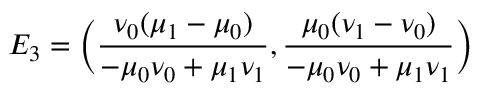
E _ { 3 } = \bigg ( \frac { \nu _ { 0 } ( \mu _ { 1 } - \mu _ { 0 } ) } { - \mu _ { 0 } \nu _ { 0 } + \mu _ { 1 } \nu _ { 1 } } , \frac { \mu _ { 0 } ( \nu _ { 1 } - \nu _ { 0 } ) } { - \mu _ { 0 } \nu _ { 0 } + \mu _ { 1 } \nu _ { 1 } } \bigg )